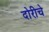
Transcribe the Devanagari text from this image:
दोरीचे